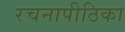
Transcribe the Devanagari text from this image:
रचनापीठिका